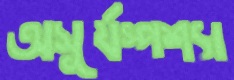
অসূর্যস্পশ্যা